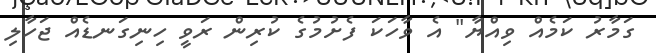
ގަމާރު ކަމެއް ވިއްޔާ" އެ ވާހަކަ ފެށުމުގެ ކުރިން ރަވީ ހިނިގަނޑެއް ޖަހާލި